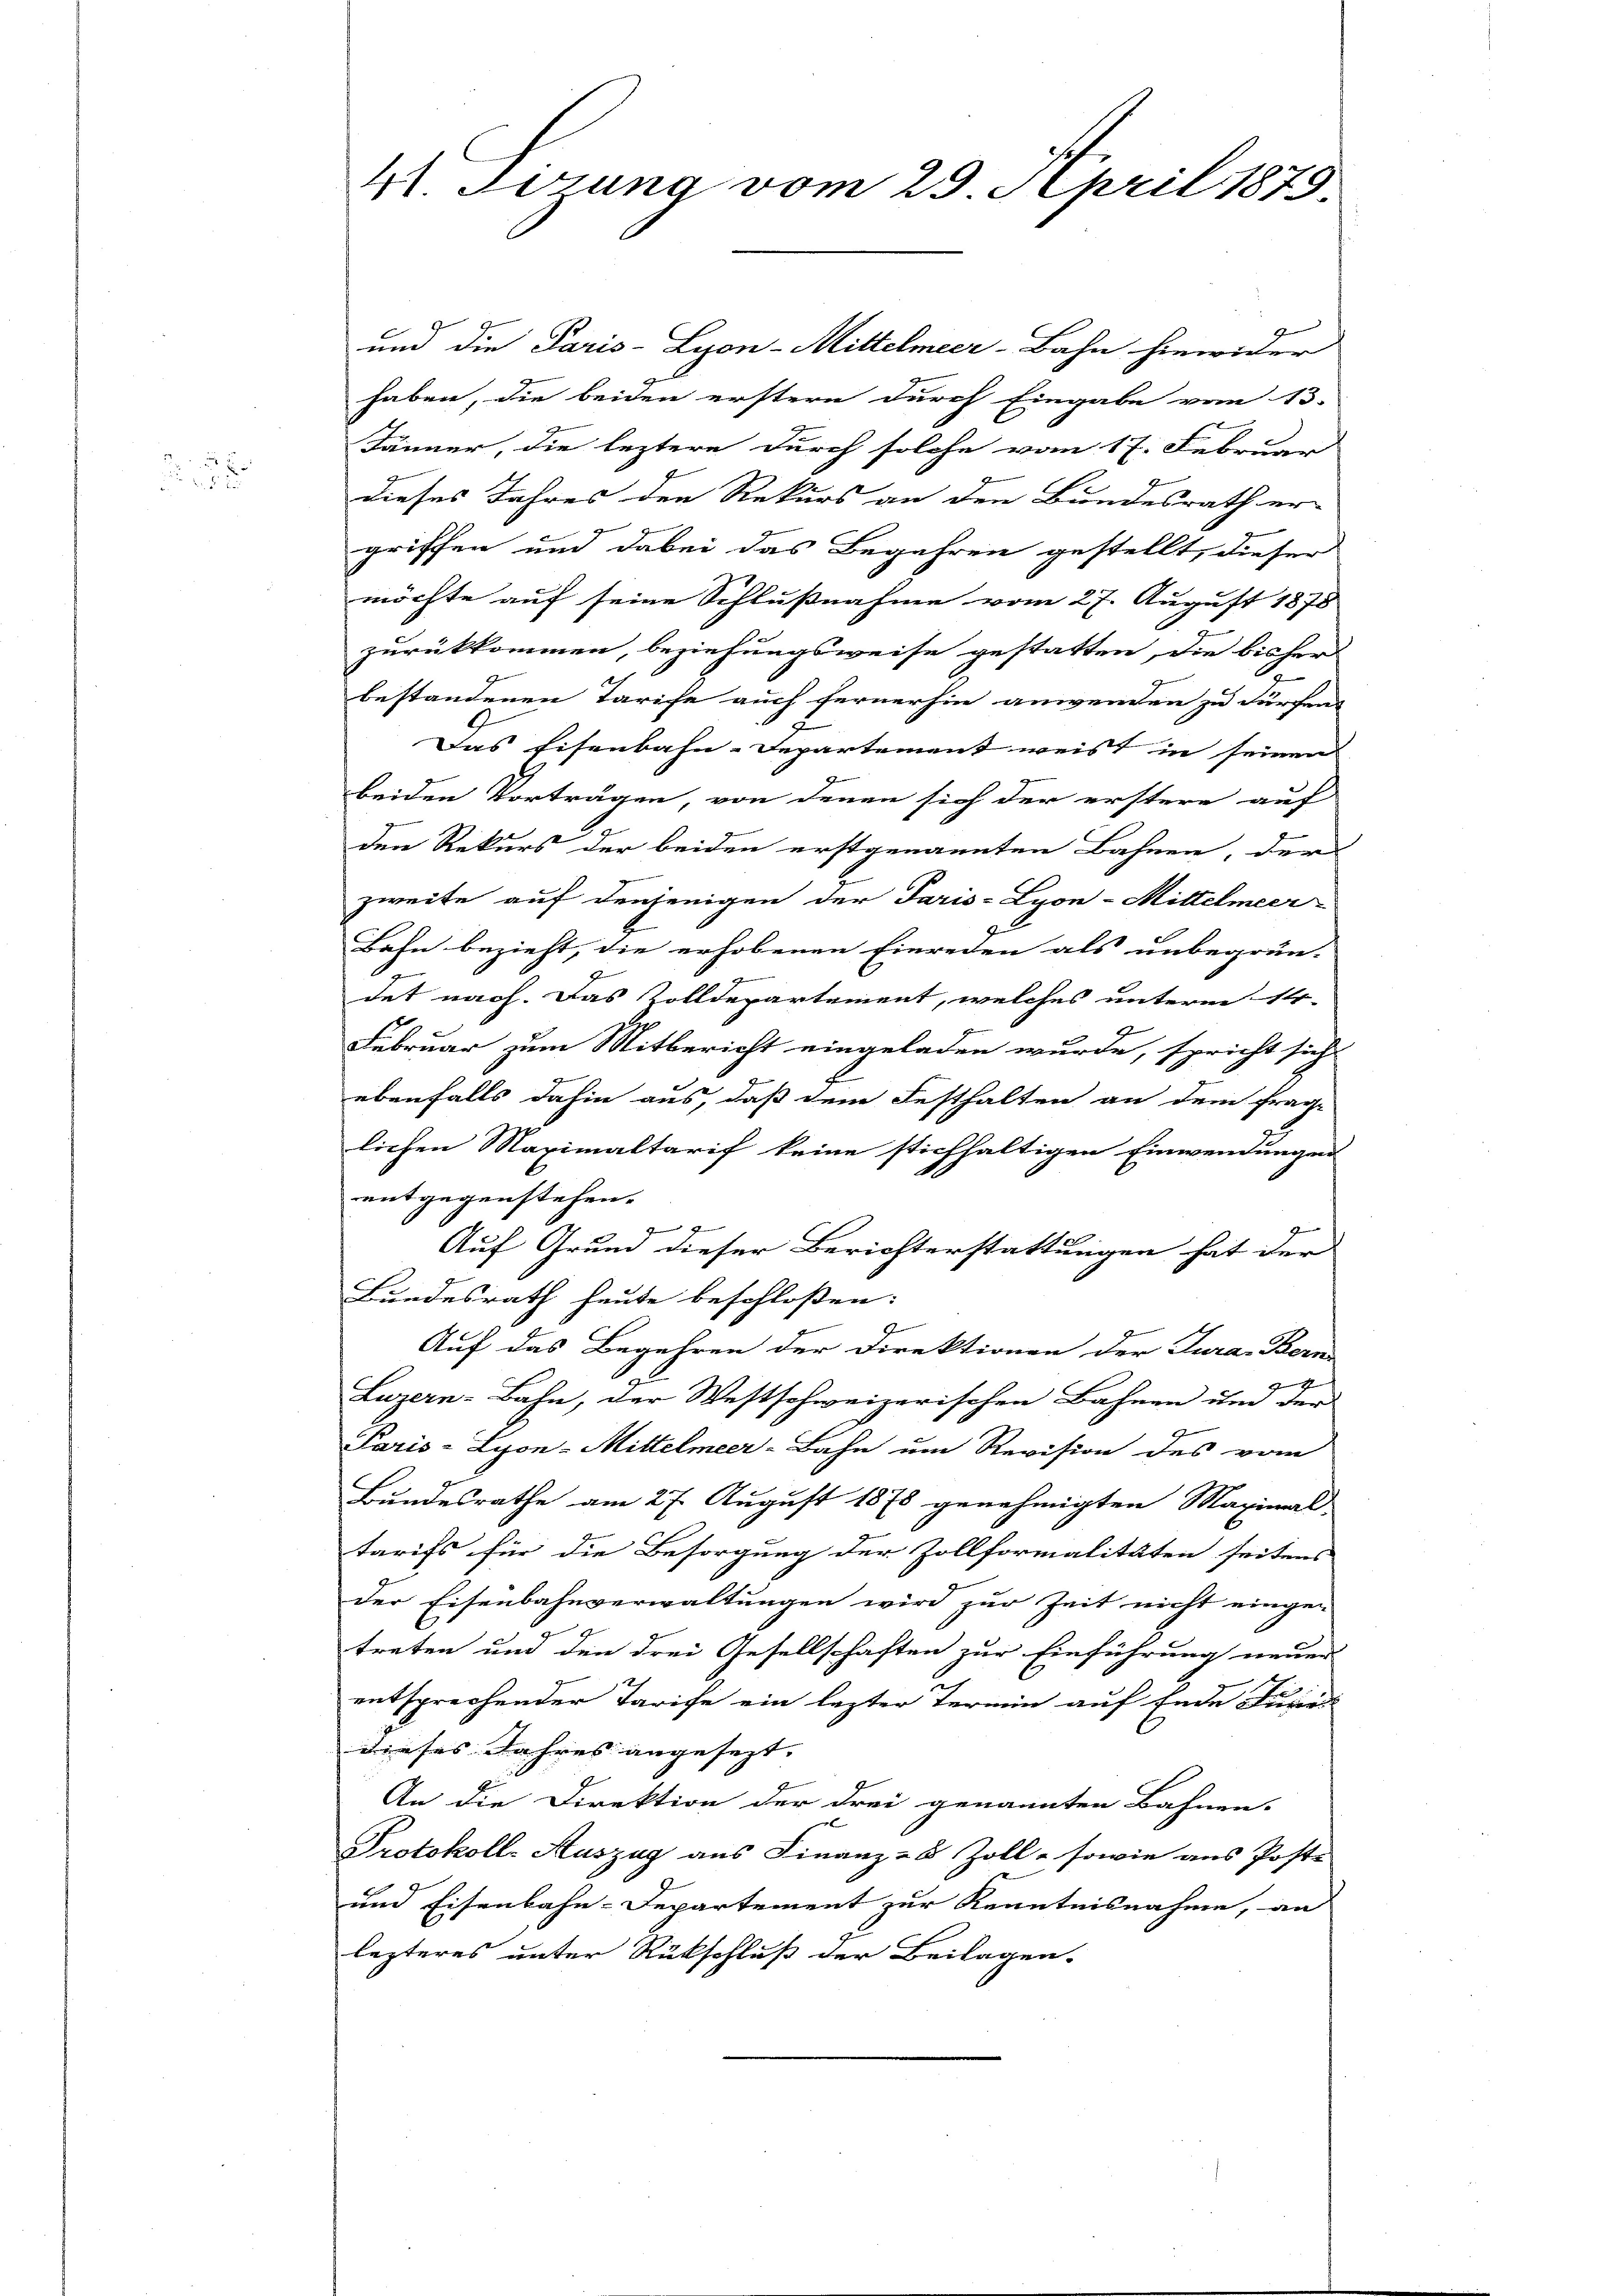
F
52

haben, die beiden erstern durch Eingabe vom 13.
Jänner, die leztere durch solche vom 17. Februar
dieses Jahres den Rekurs an den Bundesrath er-
griffen und dabei das Begehren gestellt, dieser
möchte auf seine Schlußnahme vom 27. August 1878
zurükkommen, beziehungsweise gestatten, die bisher
bestandenen Tarife auch fernerhin anwenden zu dürfen
J
Das Eisenbahn-Departement weist in seinen
A
beiden Vorträgen, von denen sich der erstere auf
1
den Rekurs der beiden erstgenannten Bahnen, der
zweite auf denjenigen der Paris-Lyon-Mittelmeer-
Bahn bezieht, die erhobenen Einreden als unbegrün-
det nach. Das Zolldepartement, welches unterm 14.
Februar zum Mitbericht eingeladen wurde, spricht sich
l
ebenfalls dahin aus, daß dem Festhalten an dem frag-
lichen Maximaltarif keine stichhaltigen Einwendungen
entgegenstehen.
J
Auf Grund dieser Berichterstattungen hat der
Bundesrath heute beschloßen:
Auf das Begehren der Direktionen der Jura, Bern
4
Luzern-Bahn, der Westschweizerischen Bahnen um der
Paris-Lyon-Mittelmeer-Bahn um Revision des vom
Bundesrathe am 27. August 1878 genehmigten Maximal-
tarifs für die Besorgung der Zollformalitäten seitens
der Eisenbahnverwaltungen wird zur Zeit nicht einge-
treten und den drei Gesellschaften zur Einführung neuer
entsprechender Tarife ein lezter Termin auf Ende Juris
dieses Jahres angesezt.
An die Direktion der drei genannten Bahnen.
Protokoll-Auszug aus Finanz-8 Zoll - sowie aus Post-
und Eisenbahn-Departement zur Kenntnisnahme, an
lezteres unter Rückschluß der Beilagen.

4 Sizung vom 29. April 1879.

und die Paris-Lyon-Mittelmeer-Bahn hiewider